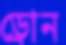
ড্রোন